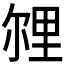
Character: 𲇁